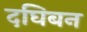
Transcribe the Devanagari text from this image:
दघिबन